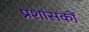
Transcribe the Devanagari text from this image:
प्रशांसकों